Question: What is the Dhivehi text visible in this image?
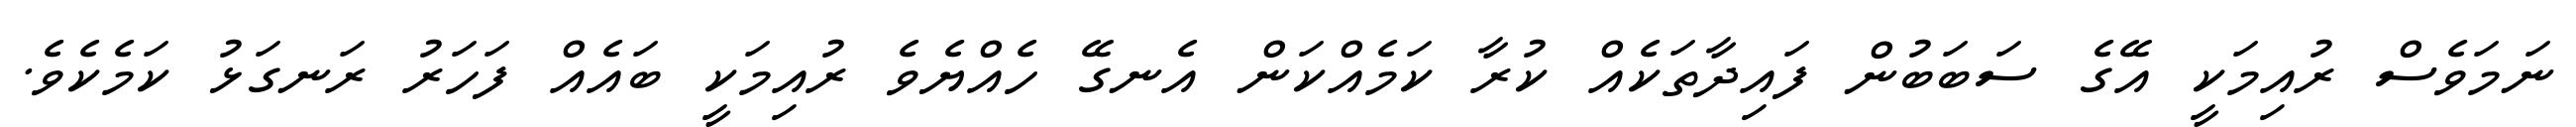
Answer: ނަމަވެސް ރުއިމަކީ އޭގެ ސަބަބުން ފައިދާތަކެއް ކުރާ ކަމެއްކަން އެނގޭ ހެއްޔެވެ ރުއިމަކީ ބައެއް ފަހަރު ރަނގަޅު ކަމެކެވެ.